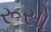
રૂસો